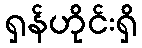
ရှန်ဟိုင်းရှိ